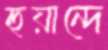
হুয়ান্দে